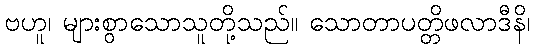
ဗဟူ၊ များစွာသောသူတို့သည်။ သောတာပတ္တိဖလာဒီနိ၊